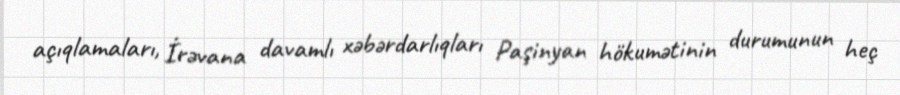
açıqlamaları, İrəvana davamlı xəbərdarlıqları Paşinyan hökumətinin durumunun heç